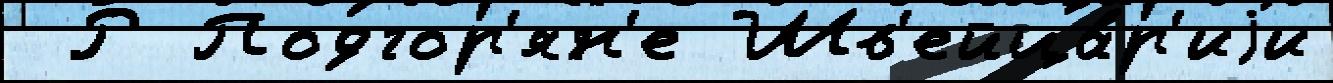
 Р Подгор'ян'е Шв'ейца́р'иjи